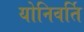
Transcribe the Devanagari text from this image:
योनिवर्ति